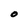
Character: 0